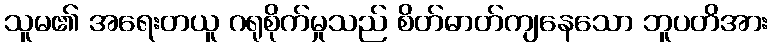
သူမ၏ အရေးတယူ ဂရုစိုက်မှုသည် စိတ်ဓာတ်ကျနေသော ဘူပတိအား